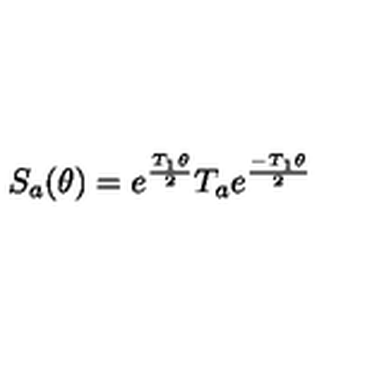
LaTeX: S _ { a } ( \theta ) = e ^ { \frac { T _ { 1 } \theta } { 2 } } T _ { a } e ^ { \frac { - T _ { 1 } \theta } { 2 } }